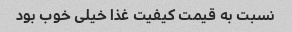
نسبت به قیمت کیفیت غذا خیلی خوب بود